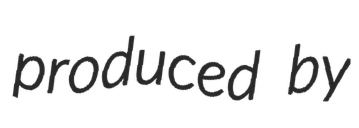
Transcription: produced by